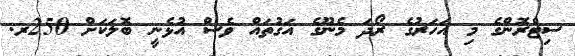
ސިޓްރޮންގެ މި އަހަރުގެ ރޯދަ މެނޫގެ އަގުތައް ވެސް އުޅެނީ ބޮލަކަށް 250ރ.